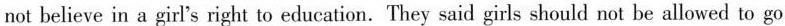
not believe in a girl's right to education. They said girls should not be allowed to go